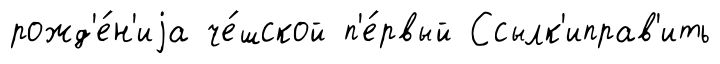
рожд'е́н'иjа че́шской п'е́рвый Ссылк'иправ'ить